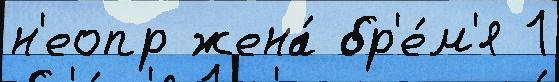
н'еопр жена́ бр'е́м'я 1